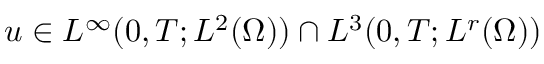
u \in L ^ { \infty } ( 0 , T ; L ^ { 2 } ( \Omega ) ) \cap L ^ { 3 } ( 0 , T ; L ^ { r } ( \Omega ) )